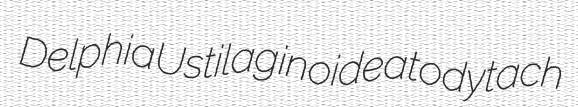
Delphia Ustilaginoidea tody tach